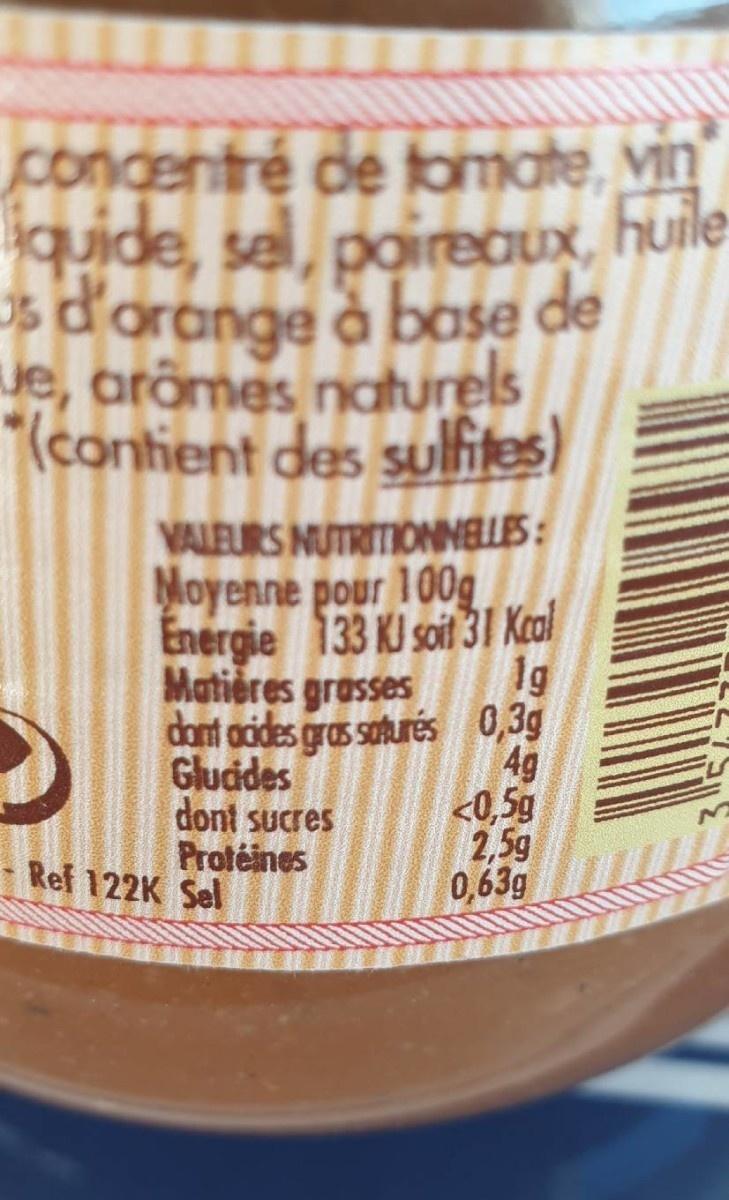
concentré de fomate, vin huile quide, sel, poireaux, $ď'orange à base de je, arâmes naturels "(contient des sulfites) VALEURS NUTRITIONNELLES: Moyenne pour 100g Energie 133 KJ soit 31 Kcal lg Matières grasses dont acides gras soturés 0,3g 4g <0,5g 2,5g 0,63g Gludides dont sucres Proféines Ref 122K Sel